Scottish Certificate of Education, 1962
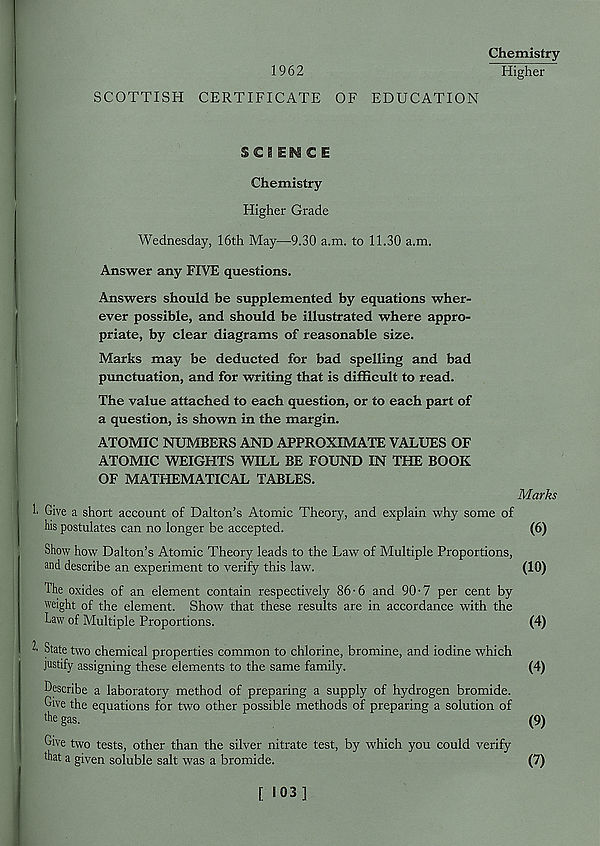
1962
Chemistry
Higher
SCOTTISH CERTIFICATE OF EDUCATION
SCI EMC E
Chemistry
Higher Grade
Wednesday, 16th May—9.30 a.m. to 11.30 a.m.
Answer any FIVE questions.
Answers should be supplemented by equations wher-
ever possible, and should be illustrated where appro-
priate, by clear diagrams of reasonable size.
Marks may be deducted for bad spelling and bad
punctuation, and for writing that is difficult to read.
The value attached to each question, or to each part of
a question, is shown in the margin.
ATOMIC NUMBERS AND APPROXIMATE VALUES OF
ATOMIC WEIGHTS WILL BE FOUND IN THE BOOK
OF MATHEMATICAL TABLES.
Marks
I Give a short account of Dalton’s Atomic Theory, and explain why some of
his postulates can no longer be accepted.
(6)
Show how Dalton’s Atomic Theory leads to the Law of Multiple Proportions,
and describe an experiment to verify this law.
(10)
The oxides of an element contain respectively 86-6 and 90-7 per cent by
weight of the element. Show that these results are in accordance with the
Law of Multiple Proportions.
(4)
^ State two chemical properties common to chlorine, bromine, and iodine which
justify assigning these elements to the same family.
(4)
Describe a laboratory method of preparing a supply of hydrogen bromide.
Give the equations for two other possible methods of preparing a solution of
the gas.
(9)
Give two tests, other than the silver nitrate test, by which you could verify
that a given soluble salt was a bromide.
(7)
[ !Q3]